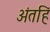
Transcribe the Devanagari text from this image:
अंतहिं